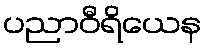
ပညာဝီရိယေန